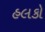
હલકો